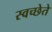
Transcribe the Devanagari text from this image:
स्वच्छेते